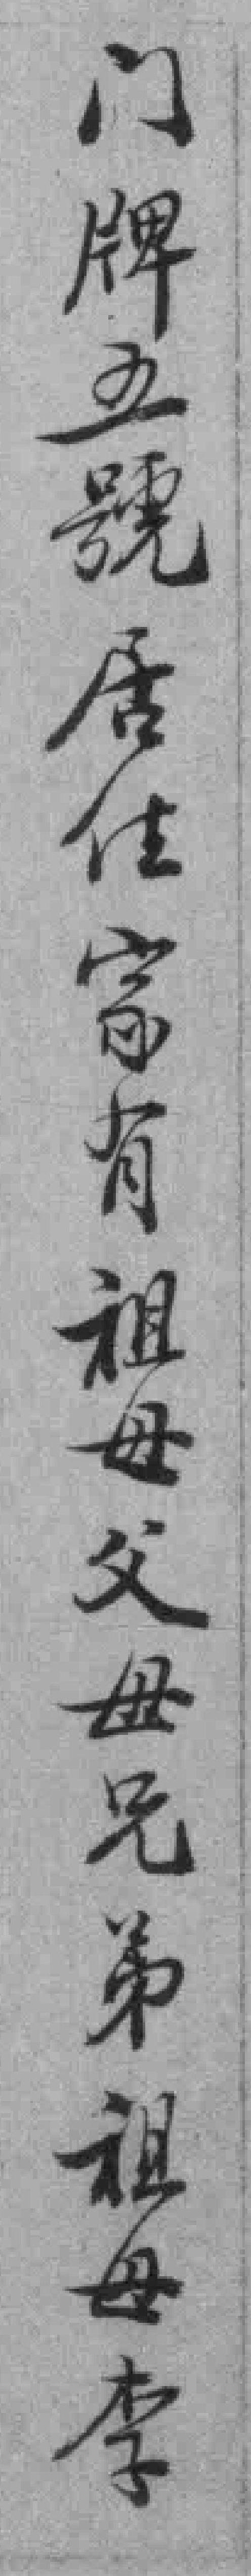
门牌五號居住家有祖母父母兄弟祖母李